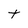
Character: t